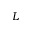
L